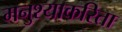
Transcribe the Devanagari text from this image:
मनुश्याकरिता